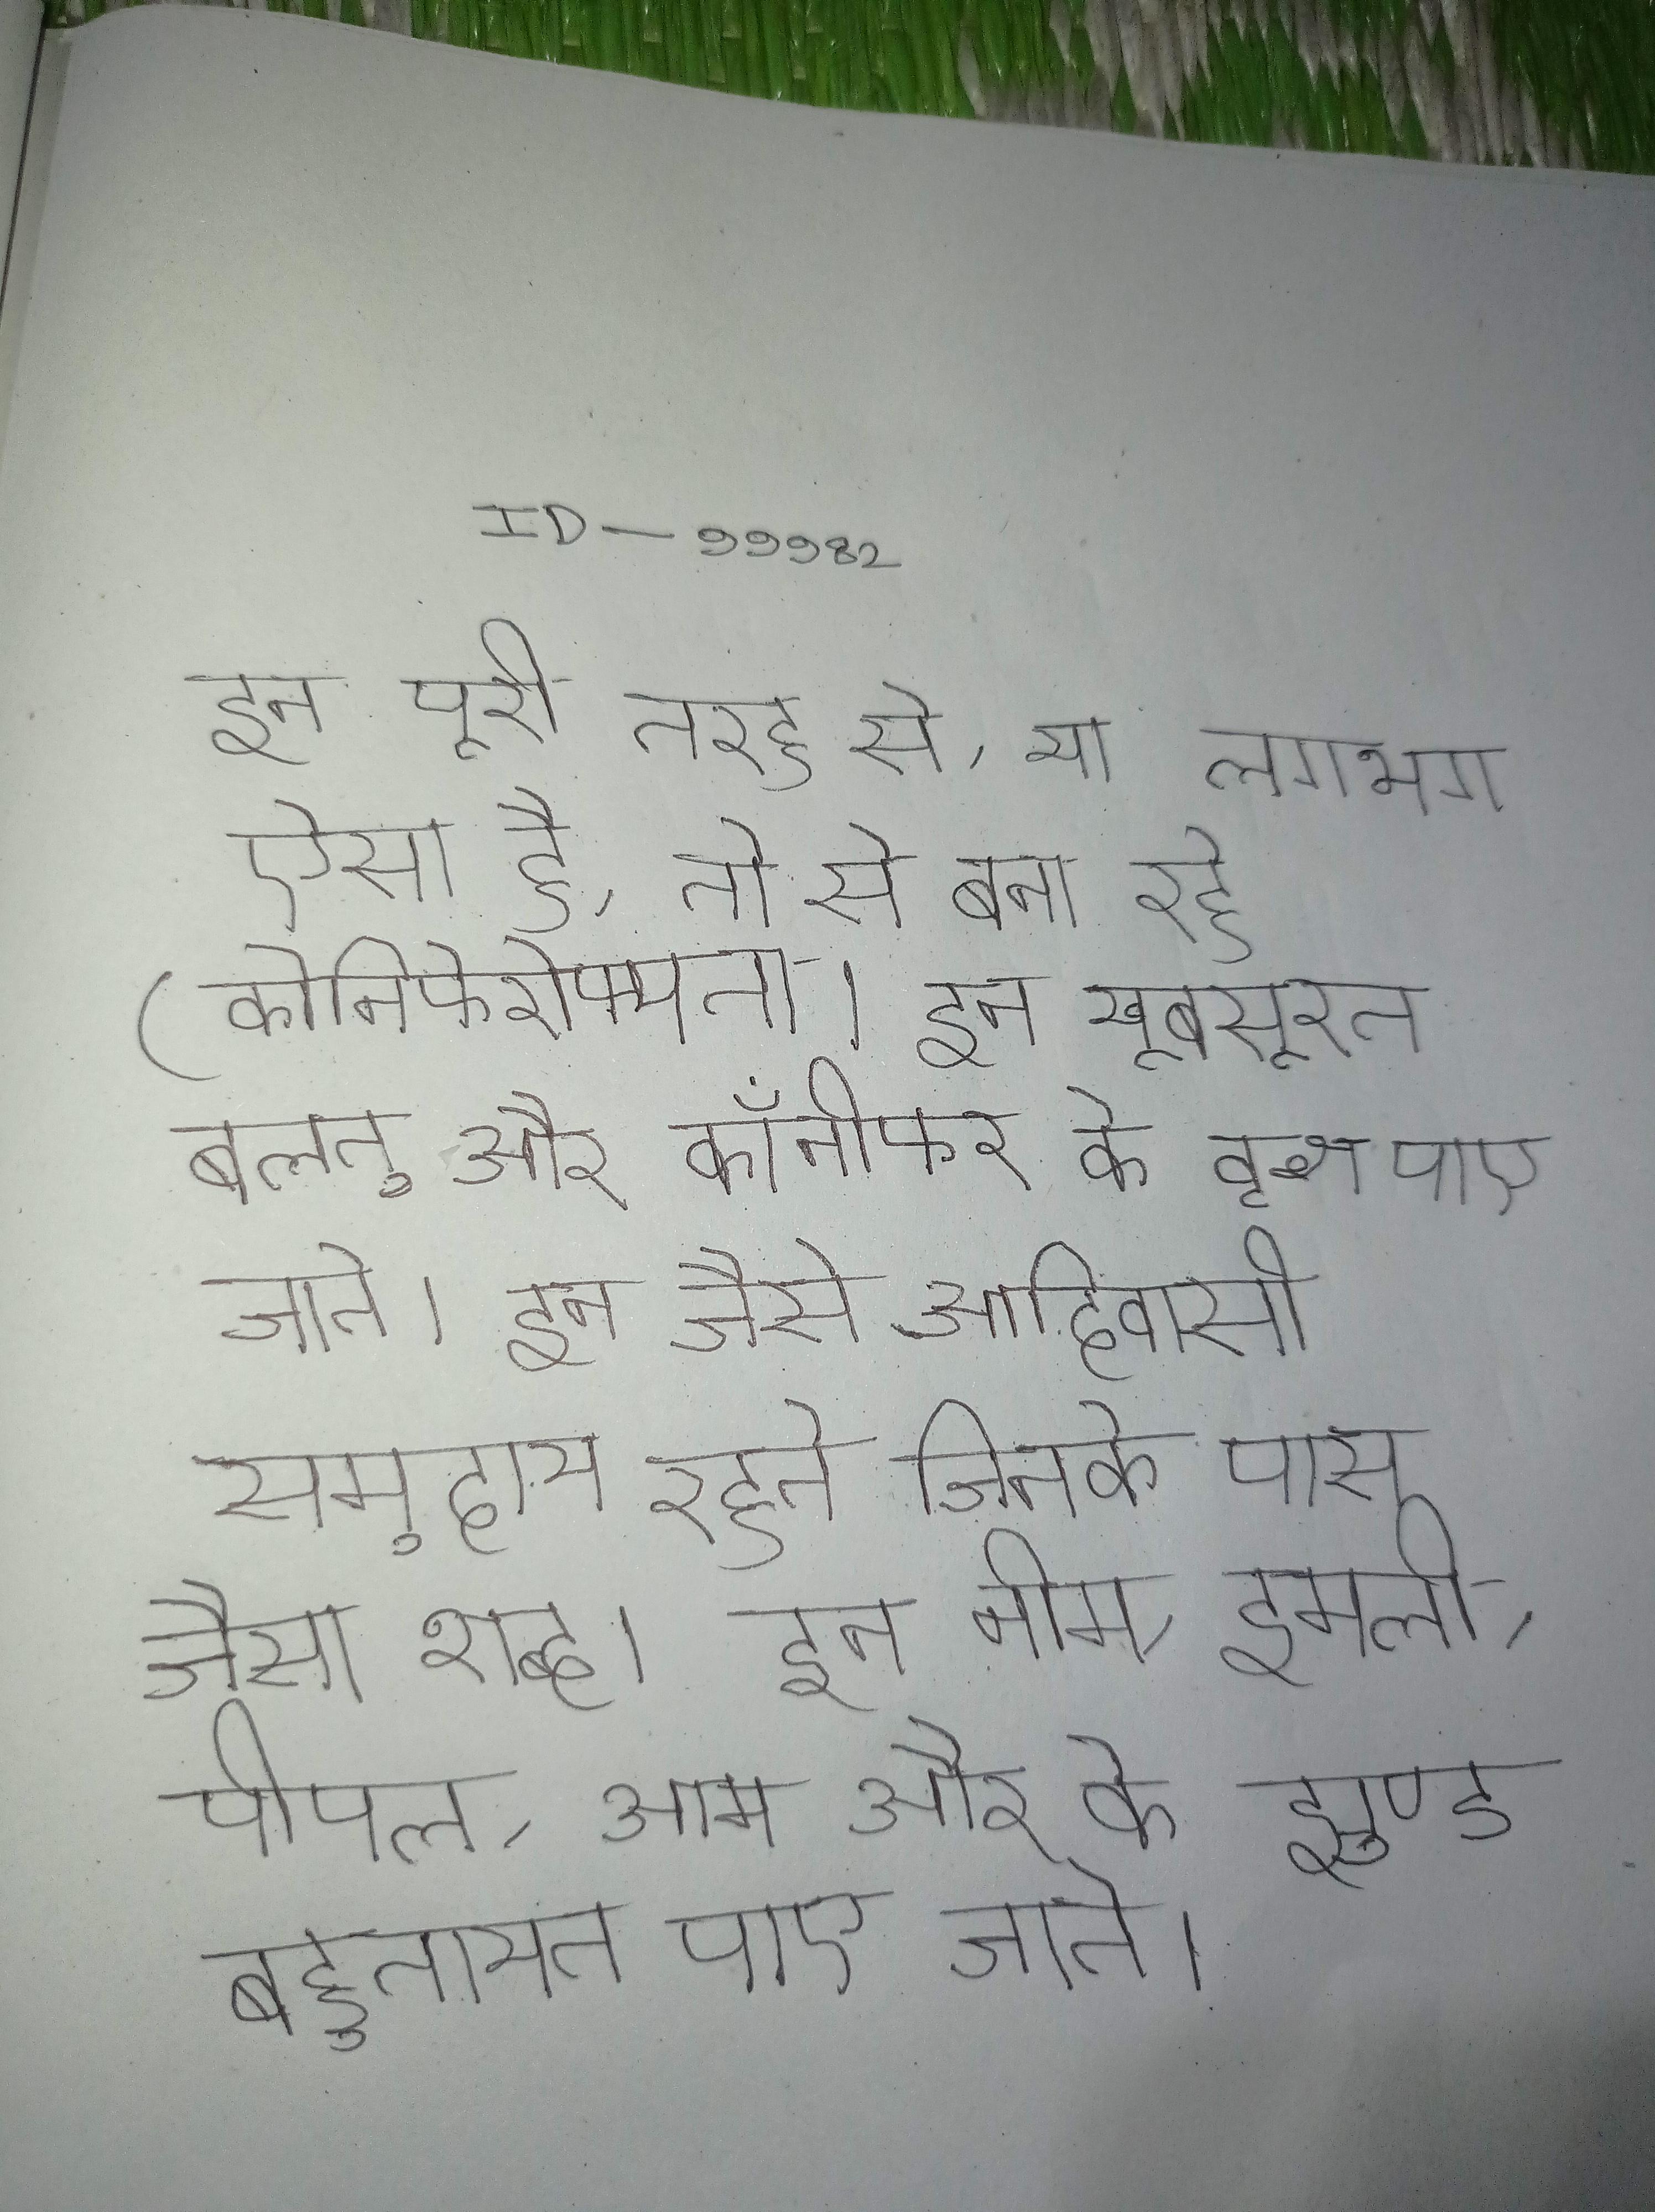
इन पूरी तरह से, या लगभग ऐसा है, तो से बना रहे (कोनिफेरोफ्यता । इन खूबसूरत बलतु और कॉनीफर के वृक्ष पाए जाते । इन जैसे आदिवासी समुदाय रहते जिनके पास जैसा शब्द । इन नीम, इमली, पीपल, आम और के झुण्ड बहुतायत पाए जाते ।